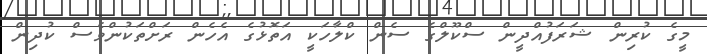
މީގެ ކުރިން ޝަރަފުއްދީން ސްކޫލްގެ ސެން ކްލާހަކީ އަތޮޅުގެ އެހެން ރަށްތަކުންވެސް ކުދިން